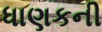
ધાણકની